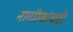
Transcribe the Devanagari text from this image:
नागरिकांचाही